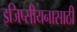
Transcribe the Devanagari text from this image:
इजिप्सीयनासाठी